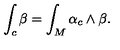
\int _ { c } \beta = \int _ { M } \alpha _ { c } \wedge \beta .